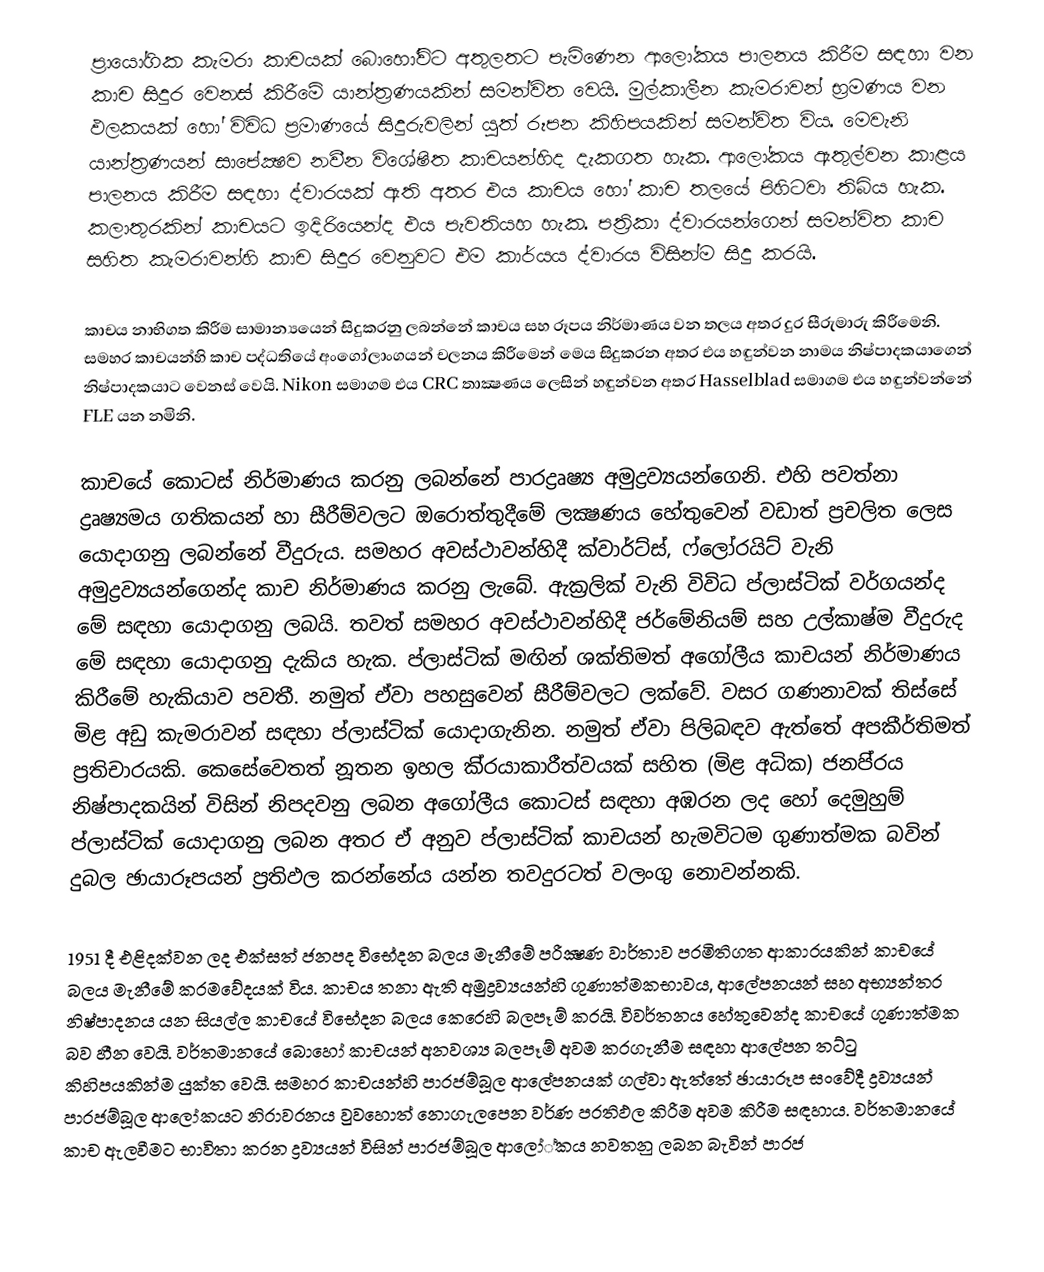
ප‍්‍රායෝගික කැමරා කාචයක් බොහෝවිට අතුලතට පැමිණෙන ආලෝකය පාලනය කිරීම සඳහා වන කාච සිදුර වෙනස් කිරීමේ යාන්ත‍්‍රණයකින් සමන්විත වෙයි. මුල්කාලීන කැමරාවන් භ‍්‍රමණය වන ඵලකයක් හෝ විවිධ ප‍්‍රමාණයේ සිදුරුවලින් යුත් රූපන කිහිපයකින් සමන්විත විය. මෙවැනි යාන්ත‍්‍රණයන් සාපේක්‍ෂව නවීන විශේෂිත කාචයන්හිද දැකගත හැක. ආලෝකය ඇතුල්වන කාළය පාලනය කිරීම සඳහා ද්වාරයක් ඇති අතර එය කාචය හෝ කාච තලයේ පිහිටවා තිබිය හැක. කලාතුරකින් කාචයට ඉදිරියෙන්ද එය පැවතියහ හැක. පත‍්‍රිකා ද්වාරයන්ගෙන් සමන්විත කාච සහිත කැමරාවන්හි කාච සිදුර වෙනුවට එම කාර්යය ද්වාරය විසින්ම සිදු කරයි.

කාචය නාභිගත කිරීම සාමාන්‍යයෙන් සිදුකරනු ලබන්නේ කාචය සහ රූපය නිර්මාණය වන තලය අතර දුර සීරුමාරු කිරීමෙනි. සමහර කාචයන්හි කාච පද්ධතියේ අංගෝලාංගයන් චලනය කිරීමෙන් මෙය සිදුකරන අතර එය හඳුන්වන නාමය නිෂ්පාදකයාගෙන් නිෂ්පාදකයාට වෙනස් වෙයි. Nikon  සමාගම එය CRC තාක්‍ෂණය ලෙසින් හඳුන්වන අතර Hasselblad  සමාගම එය හඳුන්වන්නේ  FLE යන නමිනි.

කාචයේ කොටස් නිර්මාණය කරනු ලබන්නේ පාරද්‍රෘෂ්‍ය අමුද්‍රව්‍යයන්ගෙනි. එහි පවත්නා ද්‍රෘෂ්‍යමය ගතිකයන් හා සීරීම්වලට ඔරොත්තුදීමේ ලක්‍ෂණය හේතුවෙන් වඩාත් ප‍්‍රචලිත ලෙස යොදාගනු ලබන්නේ වීදුරුය. සමහර අවස්ථාවන්හිදී ක්වාර්ට්ස්, ෆ්ලෝරයිට් වැනි අමුද්‍රව්‍යයන්ගෙන්ද කාච නිර්මාණය කරනු ලැබේ. ඇක‍්‍රලික් වැනි විවිධ ප්ලාස්ටික් වර්ගයන්ද මේ සඳහා යොදාගනු ලබයි. තවත් සමහර අවස්ථාවන්හිදී ජර්මේනියම් සහ උල්කාෂ්ම වීදුරුද මේ සඳහා යොදාගනු දැකිය හැක. ප්ලාස්ටික් මඟින් ශක්තිමත් අගෝලීය කාචයන් නිර්මාණය කිරීමේ හැකියාව පවතී. නමුත් ඒවා පහසුවෙන් සීරීම්වලට ලක්වේ. වසර ගණනාවක් තිස්සේ මිළ අඩු කැමරාවන් සඳහා ප්ලාස්ටික් යොදාගැනින. නමුත් ඒවා පිලිබඳව ඇත්තේ අපකීර්තිමත් ප‍්‍රතිචාරයකි. කෙසේවෙතත් නූතන ඉහල කි‍්‍රයාකාරීත්වයක් සහිත (මිළ අධික) ජනපි‍්‍රය නිෂ්පාදකයින් විසින් නිපදවනු ලබන අගෝලීය කොටස් සඳහා අඹරන ලද හෝ දෙමුහුම් ප්ලාස්ටික් යොදාගනු ලබන අතර ඒ අනුව ප්ලාස්ටික් කාචයන් හැමවිටම ගුණාත්මක බවින් දුබල ඡායාරූපයන් ප‍්‍රතිඵල කරන්නේය යන්න තවදුරටත් වලංගු නොවන්නකි.

1951 දී එළිදක්වන ලද එක්සත් ජනපද විභේදන බලය මැනීමේ පරීක්‍ෂණ වාර්තාව ප‍්‍රමිතිගත ආකාරයකින් කාචයේ බලය මැනීමේ ක‍්‍රමවේදයක් විය. කාචය තනා ඇති අමුද්‍රව්‍යයන්හි ගුණාත්මකභාවය, ආලේපනයන් සහ අභ්‍යන්තර නිෂ්පාදනය යන සියල්ල කාචයේ විභේදන බලය කෙරෙහි බලපෑම් කරයි. විවර්තනය හේතුවෙන්ද කාචයේ ගුණාත්මක බව හීන වෙයි. වර්තමානයේ බොහෝ කාචයන් අනවශ්‍ය බලපෑම් අවම කරගැනීම සඳහා ආලේපන තට්ටු කිහිපයකින්ම යුක්ත වෙයි. සමහර කාචයන්හි පාරජම්බූල ආලේපනයක් ගල්වා ඇත්තේ ඡායාරූප සංවේදී ද්‍රව්‍යයන් පාරජම්බූල ආලෝකයට නිරාවරනය වුවහොත් නොගැලපෙන වර්ණ ප‍්‍රතිඵල කිරීම අවම කිරීම සඳහාය. වර්තමානයේ කාච ඇලවීමට භාවිතා කරන ද්‍රව්‍යයන් විසින් පාරජම්බූල ආලෝ්කය නවතනු ලබන බැවින් පාරජ